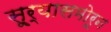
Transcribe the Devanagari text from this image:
सू्र्यासमोरून